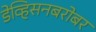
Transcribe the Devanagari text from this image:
डेव्हिसनबरोबर